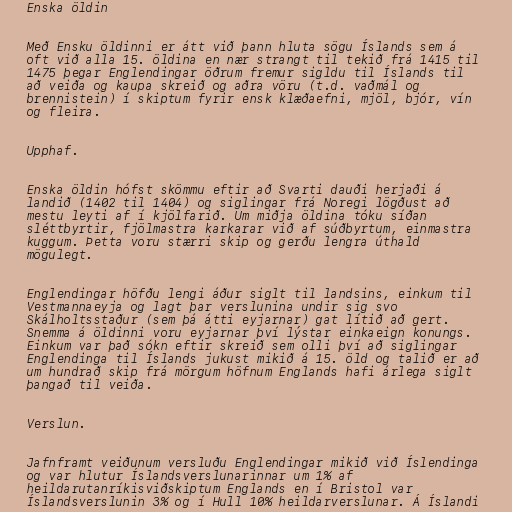
Enska öldin

Með Ensku öldinni er átt við þann hluta sögu Íslands sem á
oft við alla 15. öldina en nær strangt til tekið frá 1415 til
1475 þegar Englendingar öðrum fremur sigldu til Íslands til
að veiða og kaupa skreið og aðra vöru (t.d. vaðmál og
brennistein) í skiptum fyrir ensk klæðaefni, mjöl, bjór, vín
og fleira.

Upphaf.

Enska öldin hófst skömmu eftir að Svarti dauði herjaði á
landið (1402 til 1404) og siglingar frá Noregi lögðust að
mestu leyti af í kjölfarið. Um miðja öldina tóku síðan
sléttbyrtir, fjölmastra karkarar við af súðbyrtum, einmastra
kuggum. Þetta voru stærri skip og gerðu lengra úthald
mögulegt.

Englendingar höfðu lengi áður siglt til landsins, einkum til
Vestmannaeyja og lagt þar verslunina undir sig svo
Skálholtsstaður (sem þá átti eyjarnar) gat lítið að gert.
Snemma á öldinni voru eyjarnar því lýstar einkaeign konungs.
Einkum var það sókn eftir skreið sem olli því að siglingar
Englendinga til Íslands jukust mikið á 15. öld og talið er að
um hundrað skip frá mörgum höfnum Englands hafi árlega siglt
þangað til veiða.

Verslun.

Jafnframt veiðunum versluðu Englendingar mikið við Íslendinga
og var hlutur Íslandsverslunarinnar um 1% af
heildarutanríkisviðskiptum Englands en í Bristol var
Íslandsverslunin 3% og í Hull 10% heildarverslunar. Á Íslandi